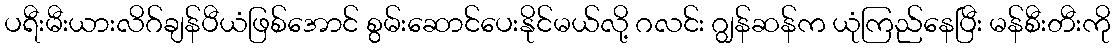
ပရီးမီးယားလိဂ်ချန်ပီယံဖြစ်အောင် စွမ်းဆောင်ပေးနိုင်မယ်လို့ ဂလင်း ဂျွန်ဆန်က ယုံကြည်နေပြီး မန်စီးတီးကို